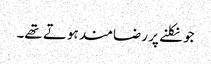
جو نکلنے پر رضامند ہوتے تھے۔